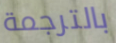
بالترجمة